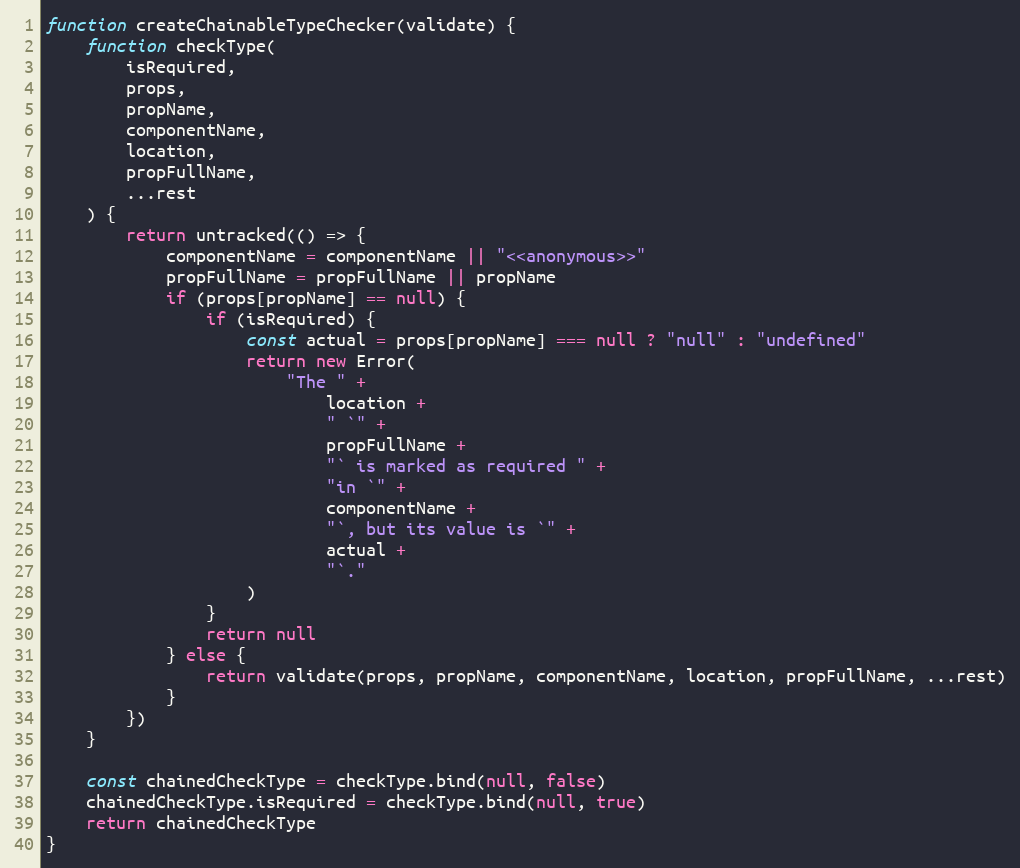
Language: JavaScript
function createChainableTypeChecker(validate) {
    function checkType(
        isRequired,
        props,
        propName,
        componentName,
        location,
        propFullName,
        ...rest
    ) {
        return untracked(() => {
            componentName = componentName || "<<anonymous>>"
            propFullName = propFullName || propName
            if (props[propName] == null) {
                if (isRequired) {
                    const actual = props[propName] === null ? "null" : "undefined"
                    return new Error(
                        "The " +
                            location +
                            " `" +
                            propFullName +
                            "` is marked as required " +
                            "in `" +
                            componentName +
                            "`, but its value is `" +
                            actual +
                            "`."
                    )
                }
                return null
            } else {
                return validate(props, propName, componentName, location, propFullName, ...rest)
            }
        })
    }

    const chainedCheckType = checkType.bind(null, false)
    chainedCheckType.isRequired = checkType.bind(null, true)
    return chainedCheckType
}